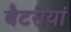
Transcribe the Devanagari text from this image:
बैटरीयां